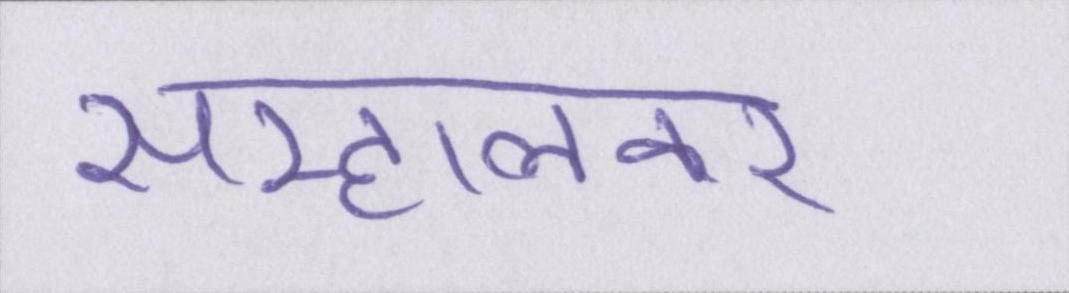
सम्हालकर